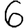
Digit: 6